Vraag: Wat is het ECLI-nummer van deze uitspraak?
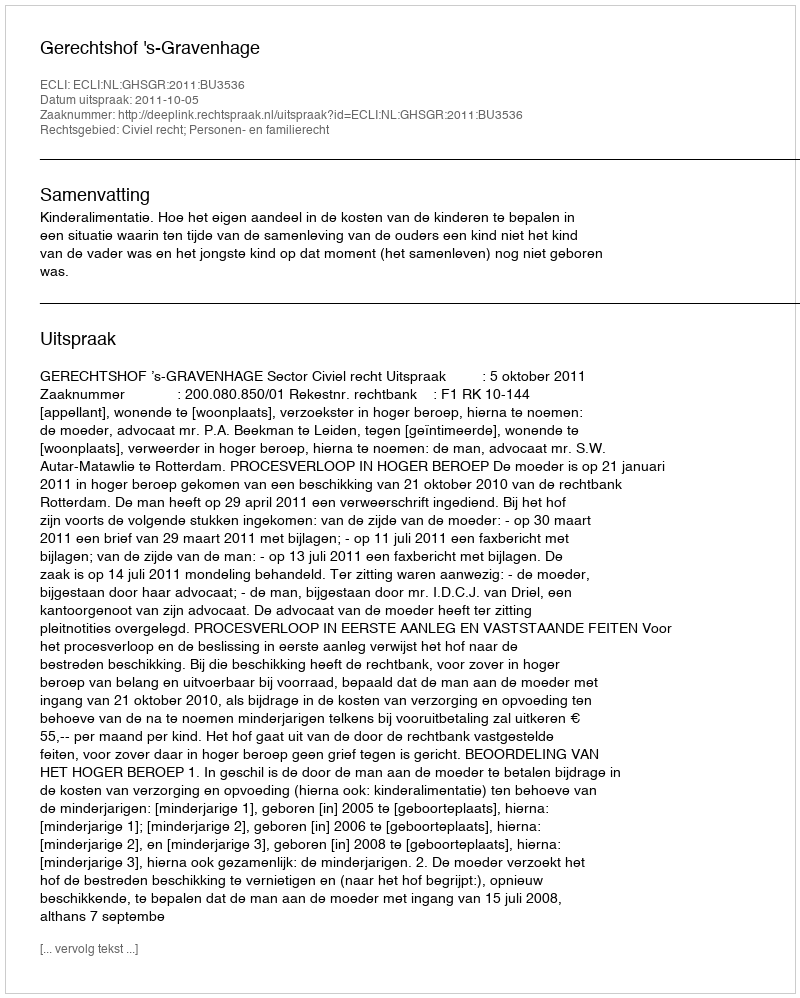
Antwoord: ECLI:NL:GHSGR:2011:BU3536